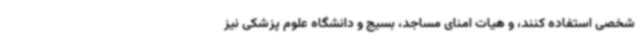
شخصی استفاده کنند، و هیات امنای مساجد، بسیج و دانشگاه علوم پزشکی نیز